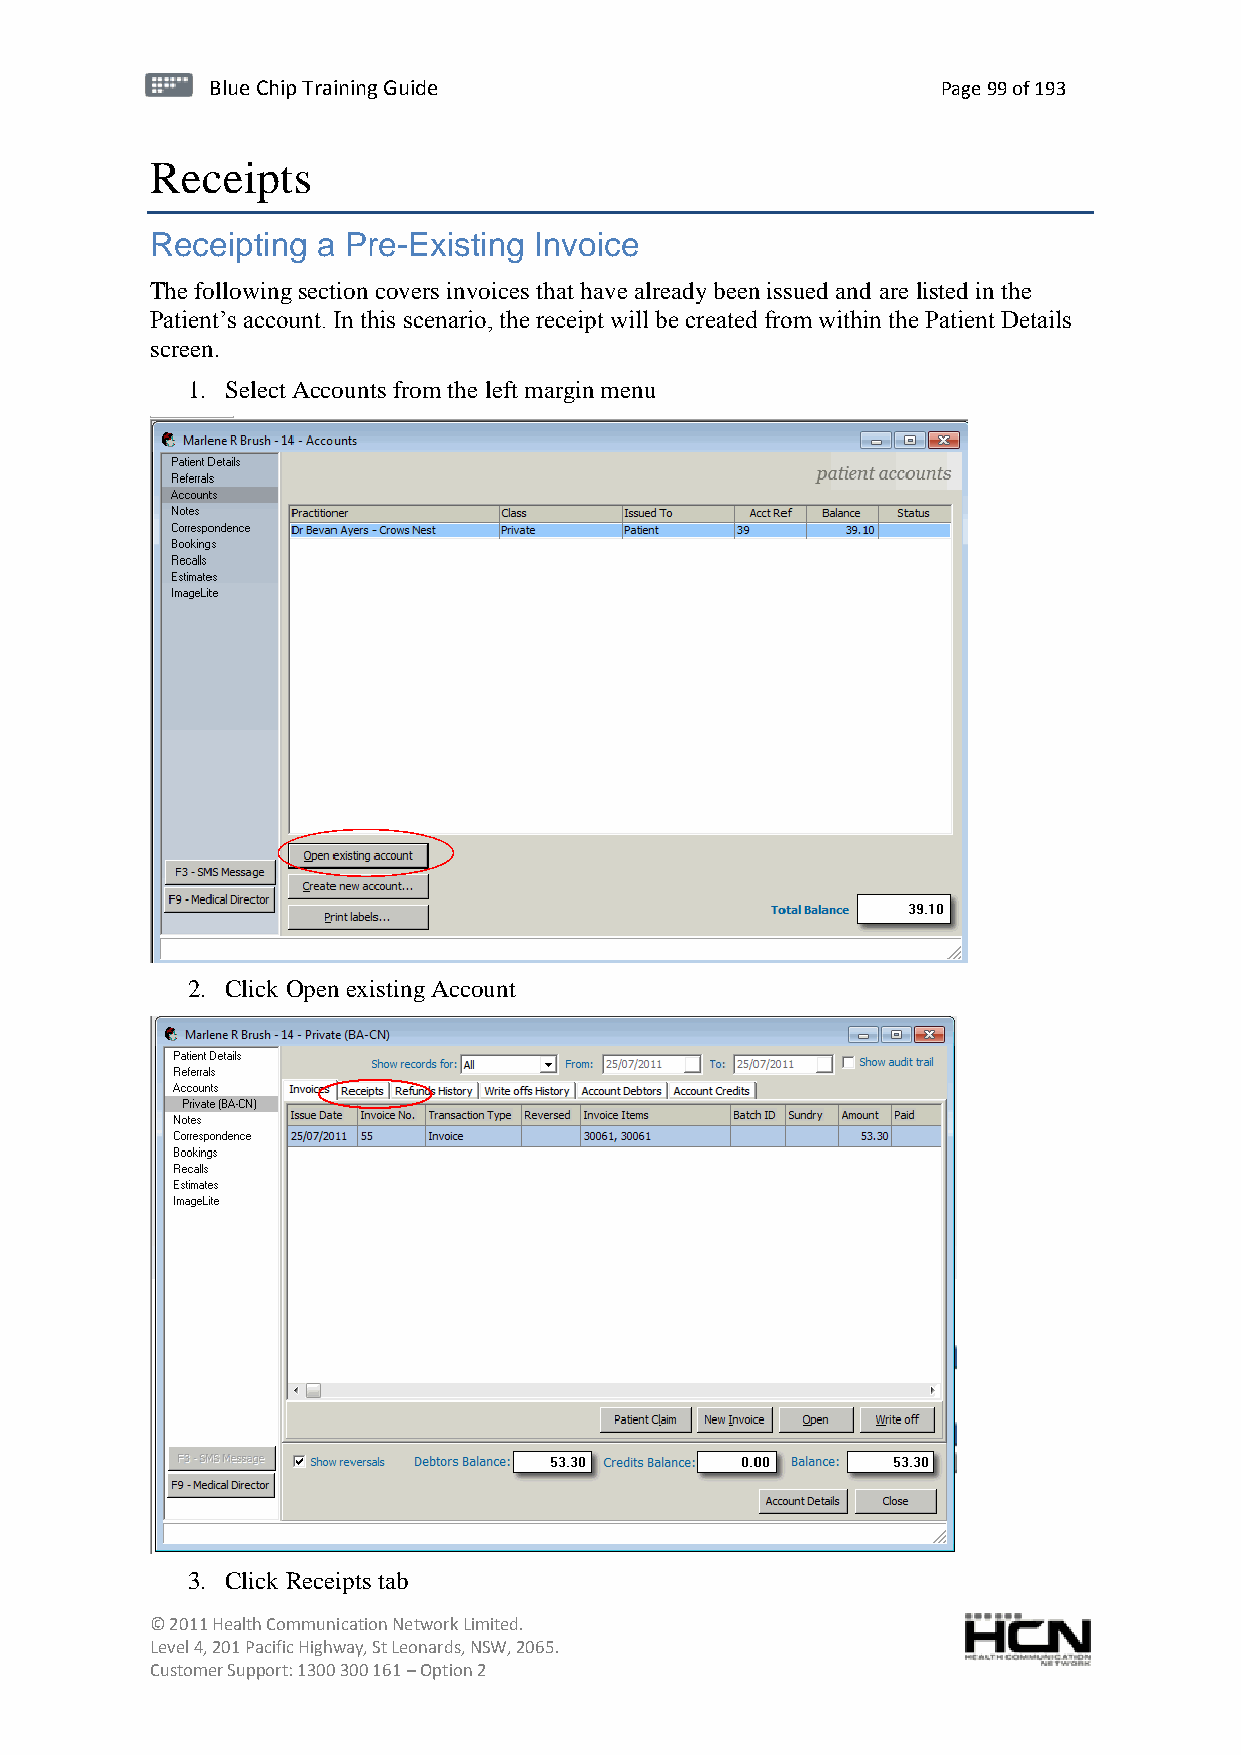
BBlluuee C Chihpi pTr Tairnainingi Gnugi dGeu ide Page 99 of 193
 Receipts
 Receipting a Pre-Existing Invoice
 The following section covers invoices that have already been issued and are listed in the
 Patient’s account. In this scenario, the receipt will be created from within the Patient Details
 screen.
 1. Select Accounts from the left margin menu
 2. Click Open existing Account
 3. Click Receipts tab
 © 2011 Health Communication Network Limited.
 Level 4, 201 Pacific Highway, St Leonards, NSW, 2065.
 Customer Support: 1300 300 161 – Option 2